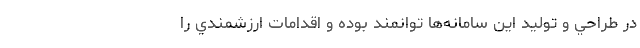
در طراحي و توليد اين سامانه‌ها توانمند بوده و اقدامات ارزشمندي را